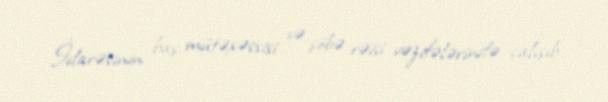
İdarəsinin baş mütəxəssisi və şöbə rəisi vəzifələrində çalışıb.